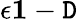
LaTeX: \epsilon\le1-\mathtt{D}